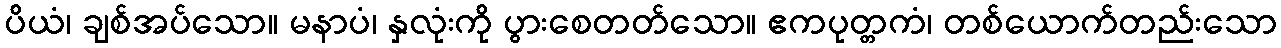
ပိယံ၊ ချစ်အပ်သော။ မနာပံ၊ နှလုံးကို ပွားစေတတ်သော။ ဧကပုတ္တကံ၊ တစ်ယောက်တည်းသော